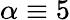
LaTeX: \alpha\equiv 5